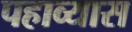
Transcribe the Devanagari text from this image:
पहाव्यास